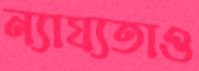
ন্যায্যতাও